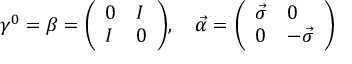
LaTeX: \gamma ^ { 0 } = \beta = { \left( \begin{array} { l l } { 0 } & { I } \\ { I } & { 0 } \end{array} \right) } , \quad { \vec { \alpha } } = { \left( \begin{array} { l l } { { \vec { \sigma } } } & { 0 } \\ { 0 } & { - { \vec { \sigma } } } \end{array} \right) }